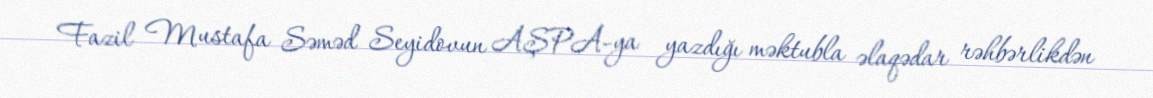
Fazil Mustafa Səməd Seyidovun AŞPA-ya yazdığı məktubla əlaqədar rəhbərlikdən